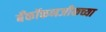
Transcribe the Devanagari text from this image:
बँकॉकनजीकच्या